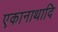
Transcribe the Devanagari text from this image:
एकानाथादि